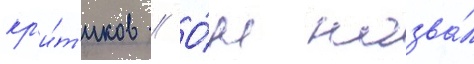
кр'и́т'иков // О́н назва́л